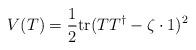
LaTeX: \begin{align*}V(T)=\frac12\mbox{tr}(TT^\dagger-\zeta\cdot 1)^2\end{align*}